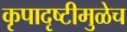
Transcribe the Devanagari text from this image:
कृपादृष्टीमुळेच